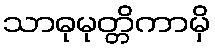
သာဓုမုတ္တိကာမှိ